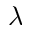
\lambda